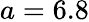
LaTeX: a=6.8